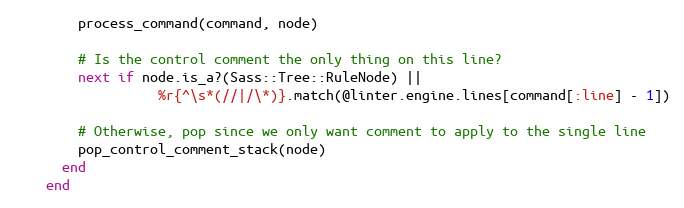
Language: Ruby
        process_command(command, node)

        # Is the control comment the only thing on this line?
        next if node.is_a?(Sass::Tree::RuleNode) ||
                  %r{^\s*(//|/\*)}.match(@linter.engine.lines[command[:line] - 1])

        # Otherwise, pop since we only want comment to apply to the single line
        pop_control_comment_stack(node)
      end
    end